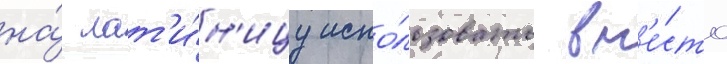
на́ лат'и́н'ицу испо́льзовать вм'е́сто